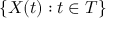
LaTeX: \{ X ( t ) : t \in T \}